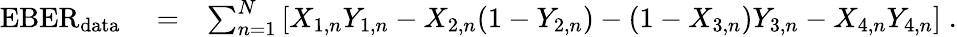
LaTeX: \begin{array}{rlr}{\mathrm{EBER}_{\mathrm{data}}}&{{}=}&{\sum_{n=1}^{N}\left[X_{1,n}Y_{1,n}-X_{2,n}(1-Y_{2,n})-(1-X_{3,n})Y_{3,n}-X_{4,n}Y_{4,n}\right]\; .}\end{array}